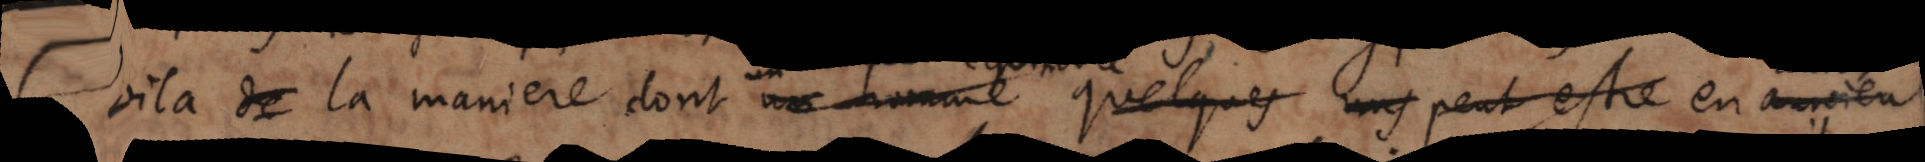
Voila de la maniere dont un homme quelques _ peut estre en arriver